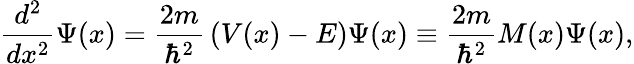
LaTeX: {\frac{d^{2}}{dx^{2}}}\Psi(x)={\frac{2m}{\hbar^{2}}}\left(V(x)-E\right)\Psi(x)\equiv{\frac{2m}{\hbar^{2}}}M(x)\Psi(x),